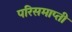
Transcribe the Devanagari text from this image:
परिसमाप्ती